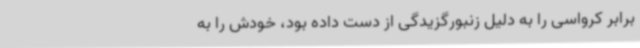
برابر کرواسی را به‌ دلیل زنبورگزیدگی از دست داده بود، خودش را به